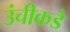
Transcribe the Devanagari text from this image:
उंचीकडे